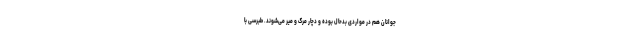
جوانان هم در مواردی بدحال بوده و دچار مرگ و میر می‌شوند. طبرسی با